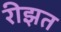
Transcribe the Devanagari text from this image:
रीझत